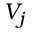
V _ { j }